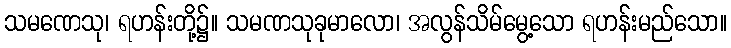
သမဏေသု၊ ရဟန်းတို့၌။ သမဏသုခုမာလော၊ အလွန်သိမ်မွေ့သော ရဟန်းမည်သော။